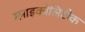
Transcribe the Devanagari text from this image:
ग्लाइकोलिटीक